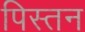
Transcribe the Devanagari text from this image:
पिस्तन